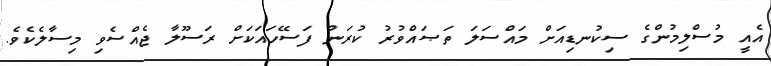
އެއީ މުސްލިމުންގެ ސިކުނޑިއަށް މައްސަލަ ތަޞައްވުރު ކުރަން ފަސޭހައަކަށް ރަސޫލާ ޖެއްސެވި މިސާލެކެވެ.